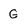
Character: G